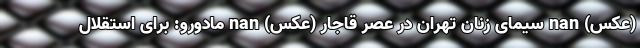
(عکس) nan سیمای زنان تهران در عصر قاجار (عکس) nan مادورو: برای استقلال